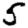
Digit: 5